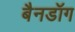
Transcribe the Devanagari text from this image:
बैनडॉग